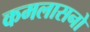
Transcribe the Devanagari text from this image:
कमलासनो